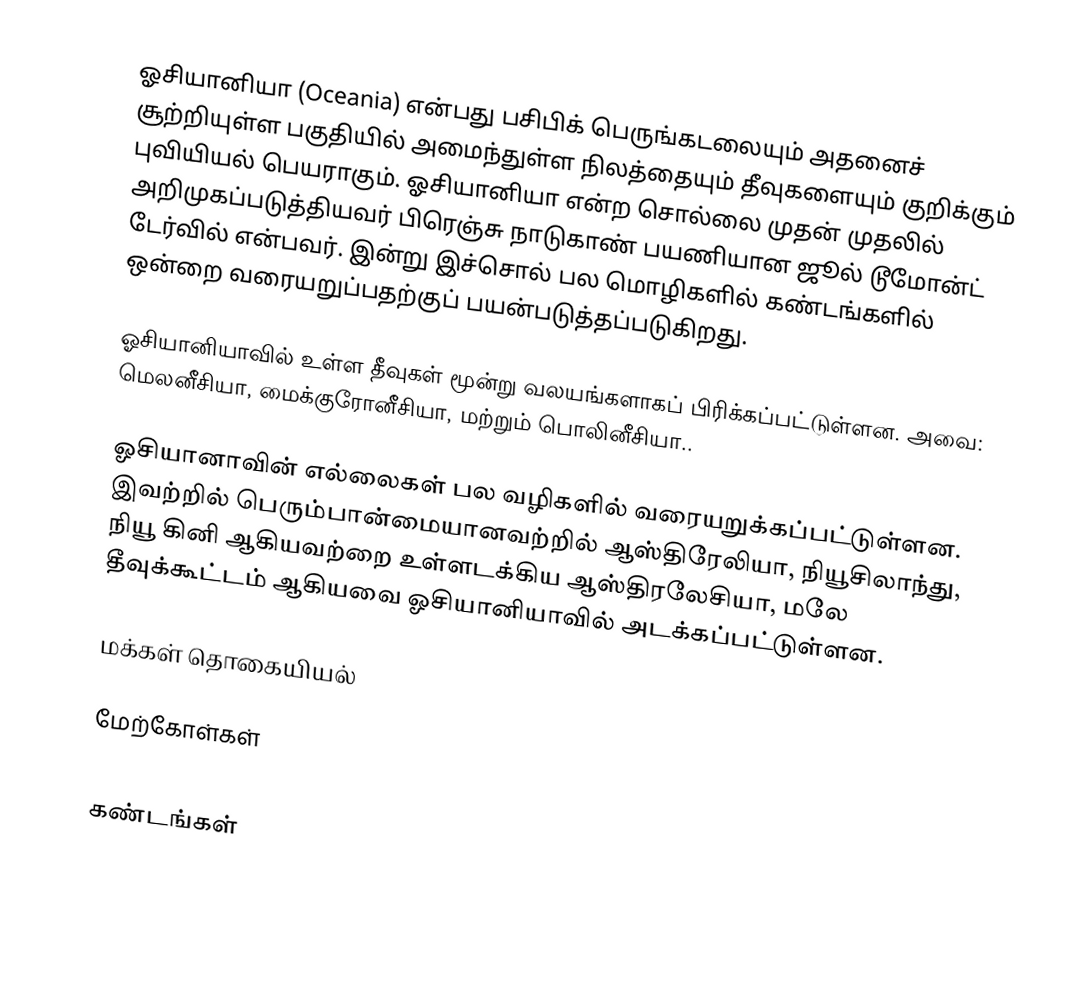
ஓசியானியா (Oceania) என்பது பசிபிக் பெருங்கடலையும் அதனைச் சூற்றியுள்ள பகுதியில் அமைந்துள்ள நிலத்தையும் தீவுகளையும் குறிக்கும் புவியியல் பெயராகும். ஓசியானியா என்ற சொல்லை முதன் முதலில் அறிமுகப்படுத்தியவர் பிரெஞ்சு நாடுகாண் பயணியான ஜூல் டூமோன்ட் டேர்வில் என்பவர். இன்று இச்சொல் பல மொழிகளில் கண்டங்களில் ஒன்றை வரையறுப்பதற்குப் பயன்படுத்தப்படுகிறது.

ஓசியானியாவில் உள்ள தீவுகள் மூன்று வலயங்களாகப் பிரிக்கப்பட்டுள்ளன. அவை: மெலனீசியா, மைக்குரோனீசியா, மற்றும் பொலினீசியா..

ஓசியானாவின் எல்லைகள் பல வழிகளில் வரையறுக்கப்பட்டுள்ளன. இவற்றில் பெரும்பான்மையானவற்றில் ஆஸ்திரேலியா, நியூசிலாந்து, நியூ கினி ஆகியவற்றை உள்ளடக்கிய ஆஸ்திரலேசியா, மலே தீவுக்கூட்டம் ஆகியவை ஓசியானியாவில் அடக்கப்பட்டுள்ளன.

மக்கள் தொகையியல்

மேற்கோள்கள்

கண்டங்கள்